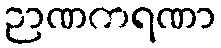
ဉာဏကရဏာ